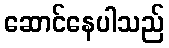
ဆောင်နေပါသည်